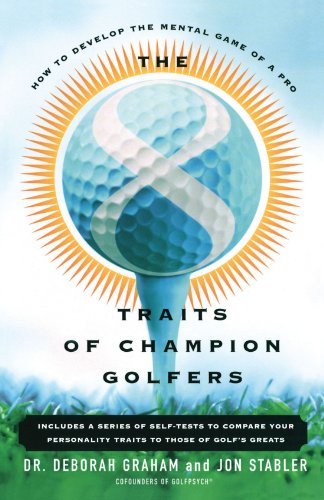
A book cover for The 8 Traits Of Champion Golfers: How To Develop The Mental Game Of A Pro; Deborah Graham; Sports & Outdoors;